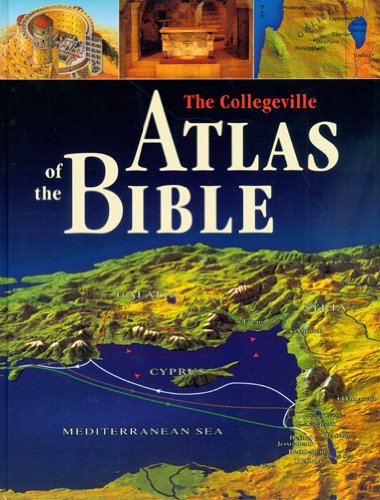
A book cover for The Collegeville Atlas Of The Bible; James Harpur; Christian Books & Bibles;